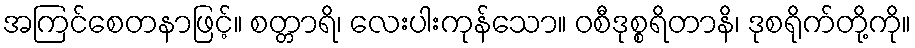
အကြင်စေတနာဖြင့်။ စတ္တာရိ၊ လေးပါးကုန်သော။ ဝစီဒုစ္စရိတာနိ၊ ဒုစရိုက်တို့ကို။